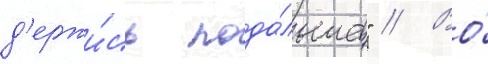
д'ержи́сь пода́льше" // Во́